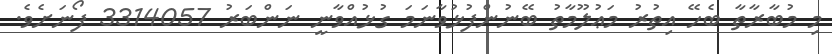
މި މުބާރާތާ ބެހޭ އިތުރު މަޢުލޫމާތު ބޭނުންފުޅުވާނަމަ ގުޅުއްވާނީ ނަންބަރު 3314057 ފޯނަށެވެ.